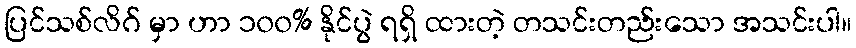
ပြင်သစ်လိဂ် မှာ ဟာ ၁၀၀% နိုင်ပွဲ ရရှိ ထားတဲ့ တသင်းတည်းသော အသင်းပါ။